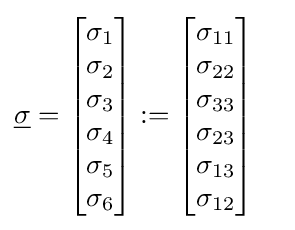
{\underline {\sigma }}={\begin{bmatrix}\sigma _{1}\\\sigma _{2}\\\sigma _{3}\\\sigma _{4}\\\sigma _{5}\\\sigma _{6}\end{bmatrix}}:={\begin{bmatrix}\sigma _{11}\\\sigma _{22}\\\sigma _{33}\\\sigma _{23}\\\sigma _{13}\\\sigma _{12}\end{bmatrix}}\quad